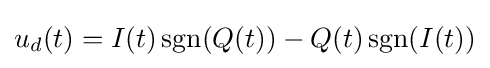
u_{d}(t)=I(t)\operatorname {sgn}(Q(t))-Q(t)\operatorname {sgn}(I(t))